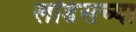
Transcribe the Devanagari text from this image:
लॉर्डसच्या